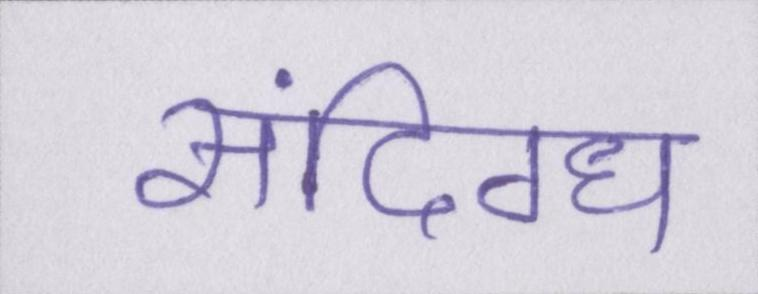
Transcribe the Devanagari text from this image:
संदिग्ध